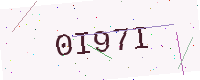
Text: 0I97I